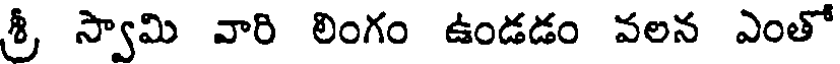
శ్రీ స్వామి వారి లింగం ఉండడం వలన ఎంతో